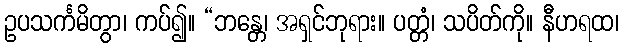
ဥပသင်္ကမိတွာ၊ ကပ်၍။ “ဘန္တေ၊ အရှင်ဘုရား။ ပတ္တံ၊ သပိတ်ကို။ နီဟရထ၊